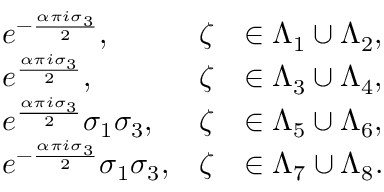
\begin{array} { r l r l } & { e ^ { - \frac { \alpha \pi i \sigma _ { 3 } } { 2 } } , } & { \zeta } & { \in \Lambda _ { 1 } \cup \Lambda _ { 2 } , } \\ & { e ^ { \frac { \alpha \pi i \sigma _ { 3 } } { 2 } } , } & { \zeta } & { \in \Lambda _ { 3 } \cup \Lambda _ { 4 } , } \\ & { e ^ { \frac { \alpha \pi i \sigma _ { 3 } } { 2 } } \sigma _ { 1 } \sigma _ { 3 } , } & { \zeta } & { \in \Lambda _ { 5 } \cup \Lambda _ { 6 } , } \\ & { e ^ { - \frac { \alpha \pi i \sigma _ { 3 } } { 2 } } \sigma _ { 1 } \sigma _ { 3 } , } & { \zeta } & { \in \Lambda _ { 7 } \cup \Lambda _ { 8 } . } \end{array}